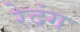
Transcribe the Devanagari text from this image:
रेदंग